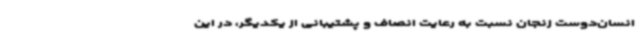
انسان‌دوست زنجان نسبت به رعایت انصاف و پشتیبانی از یکدیگر، در این